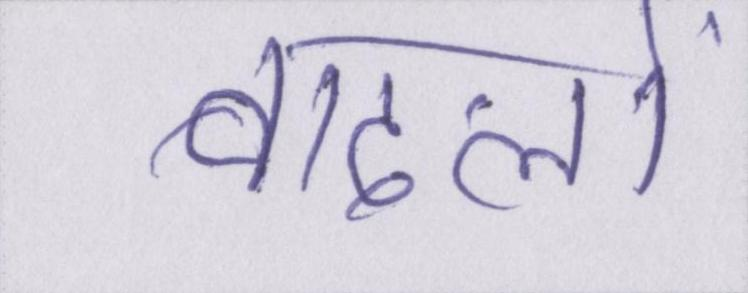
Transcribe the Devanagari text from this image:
बादलों